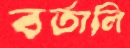
বর্তালি